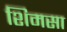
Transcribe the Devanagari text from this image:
शिमसा